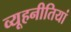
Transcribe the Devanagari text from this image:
व्यूहनीतियां